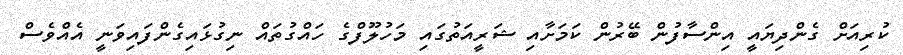
ކުރިއަށް ގެންދިޔައީ އިންސާފުން ބޭރުން ކަމަށާއި ޝަރީއަތުގައި މަހުލޫފްގެ ހައްގުތައް ނިގުޅައިގެންފައިވަނީ އެއްވެސް